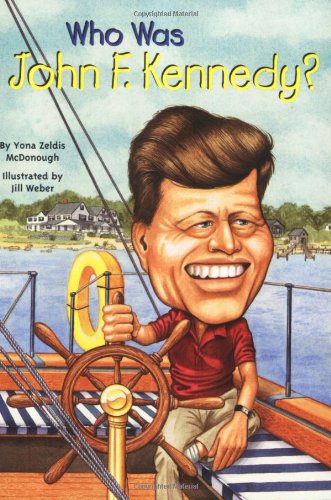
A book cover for Who Was John F. Kennedy?: Who Was...?; Yona Zeldis McDonough; Children's Books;